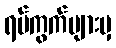
ရပ်ကွက်များမှ